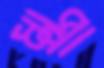
ধাপ্পা